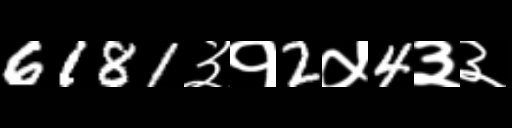
Text: 6181३१2५4३३